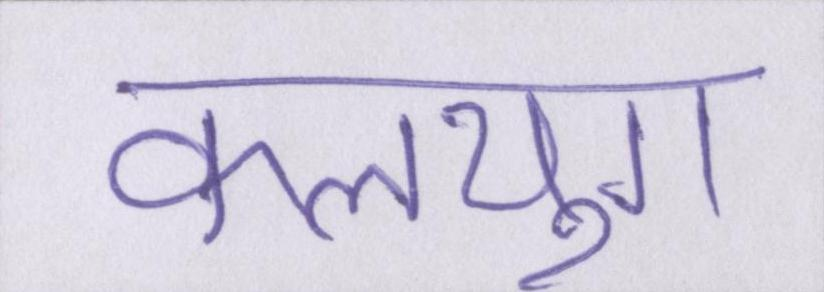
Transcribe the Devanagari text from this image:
कलयुग